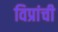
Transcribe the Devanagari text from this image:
विप्रांची